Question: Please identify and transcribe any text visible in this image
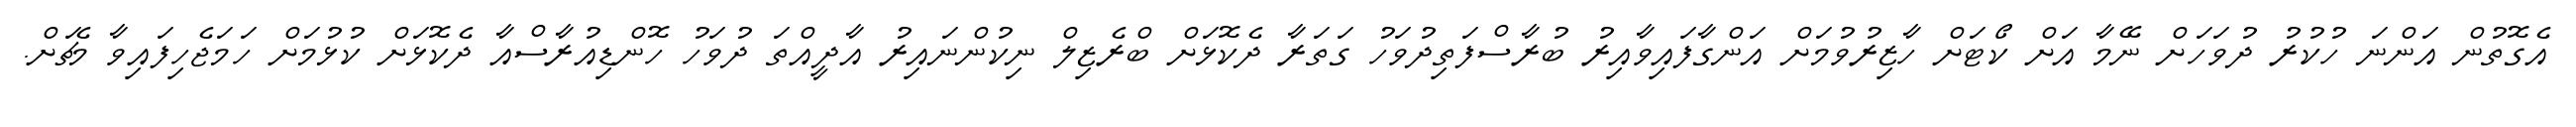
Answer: އެގޮތުން އަންނަ ހުކުރު ދުވަހަށް ނޭމާ އަށް ކޯޓަށް ހާޒިރުވުމަށް އަންގާފައިވާއިރު ބުރާސްފަތިދުވަހު ގަތަރާ ދެކޮޅަށް ބްރެޒިލް ނިކުންނައިރު އާދީއްތަ ދުވަހު ހޮންޑިއުރާސްއާ ދެކޮޅަށް ކުޅުމަށް ހަމަޖެހިފައިވާ މެޗަށް.